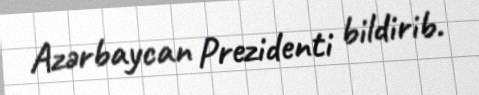
Azərbaycan Prezidenti bildirib.